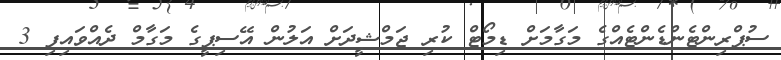
ސުޕްރިންޓެންޑެންޓެއްގެ މަގާމަށް ޑިމޯޓް ކުރި ޖަމްޝީދަށް އަލުން އޭސިޕީގެ މަގާމް ދެއްވައިފި 3